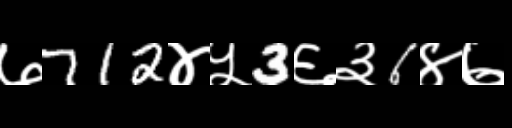
Text: ७712४५3६३6४७